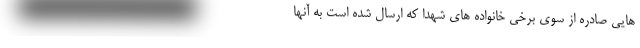
هایی صادره از سوی برخی خانواده های شهدا که ارسال شده است به آنها